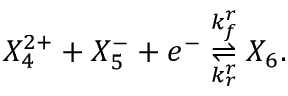
X _ { 4 } ^ { 2 + } + X _ { 5 } ^ { - } + e ^ { - } \overset { k _ { f } ^ { r } } { \underset { k _ { r } ^ { r } } { \rightleftharpoons } } X _ { 6 } .